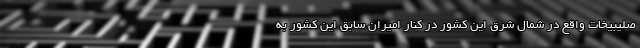
صلیبیخات واقع در شمال شرق این کشور در کنار امیران سابق این کشور به